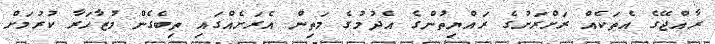
ރާއްޖޭގެ އެތަކެއް ރަށްރަށުގެ ރައްޔިތުންގެ އެދުމުގެ މަތިން އެރަށެއްގައި ތިބެގެން މުޒާހަރާ ކުރުމަށް